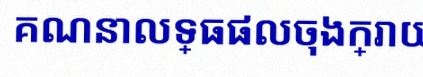
គណនាលទ្ធផលចុងក្រោយ